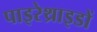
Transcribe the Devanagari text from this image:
पाइरेथ्राइडों